Scottish assistants in French and Prussian schools and colleges, 1912
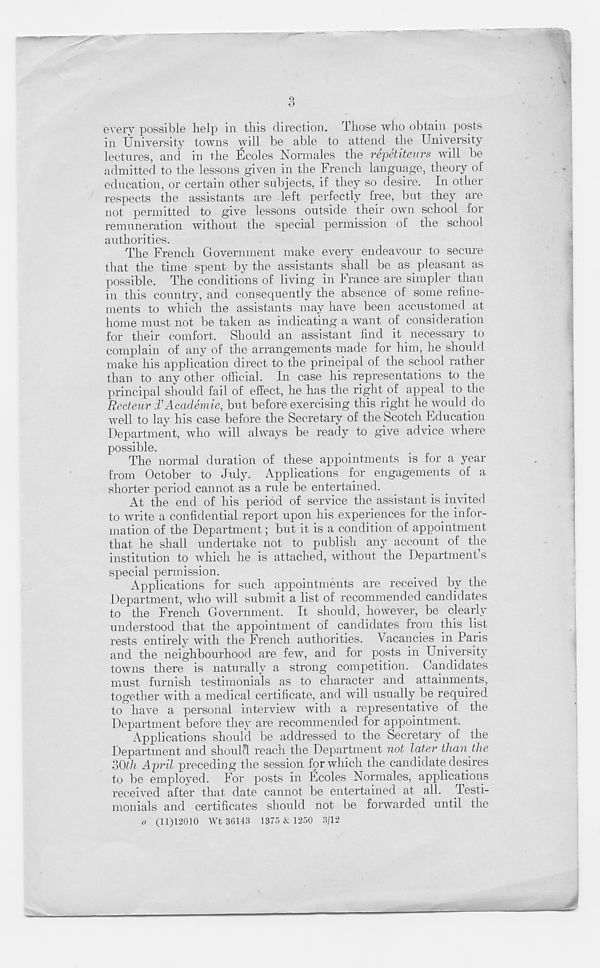
every possible help in this direction. Those who obtain posts
in University towns will be able to attend the University
lectures, and in the Ecoles Normales the repetiteurs will be
admitted to the lessons given in the French language, theory of
education, or certain other subjects, if they so desire. In other
respects the assistants are left perfectly free, but they are
not permitted to give lessons outside their own school for
remuneration without the special permission of the school
authorities.
The French Government make every endeavour to secure
that the time spent by the assistants shall be as pleasant as
possible. The conditions of living in France are simpler than
in this country, and consequently the absence of some refine-
ments to which the assistants may have been accustomed, at
home must not be taken as indicating a want of consideration
for their comfort. Should an assistant find it necessary to
complain of any of the arrangements made for him, he should
make his application direct to the principal of the school rather
than to any other official. In case his representations to the
principal should fail of effect, he has the right of appeal to the
Recteur d’Academie, but before exercising this right he would, do
well to lay his case before the Secretary of the Scotch Education
Department, who will always be ready to give advice where
possible.
The normal duration of these appointments is for a year
from October to July. Applications for engagements of a
shorter period cannot as a rule be entertained.
At the end of his period of service the. assistant is invited
to write a confidential report upon his experiences for the infor-
mation of the Department; but it is a condition of appointment
that he shall undertake not to publish any account of the
institution to which he is attached, without the Department s
special permission.
Applications for such appointments are received by the
Department, who will submit a list of recommended candidates
to the French Government. It should, however, be clearly
understood that the appointment of candidates from this list
rests entirely with the French authorities. Vacancies in Paris
and the neighbourhood are few, and for posts in University
towns there is naturally a strong competition. Candidates
must furnish testimonials as to character and attainments,
together with a medical certificate, and will usually be required
to have a personal interview with a representative of the
Department before they are recommended for appointment.
Applications should be addressed to the Secretary of the
Department and should reach the Department not later than the
30th April preceding the session for which the candidate.desires
to be employed. For posts in Ecoles Normales, applications
received after that date cannot be entertained at all. Testi-
monials and certificates should not be forwarded until the
o (11)12010 Wt 36143 1375 & 1250 3/12